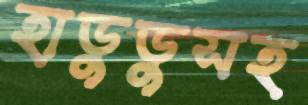
হাডুডুসহ